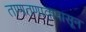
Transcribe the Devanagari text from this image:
ताणतणावापासून